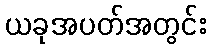
ယခုအပတ်အတွင်း